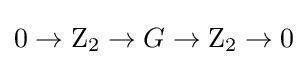
0\to \mathrm {Z} _{2}\to G\to \mathrm {Z} _{2}\to 0